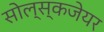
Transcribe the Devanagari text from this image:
सोल्स्कजेयर